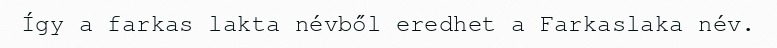
Így a farkas lakta névből eredhet a Farkaslaka név.